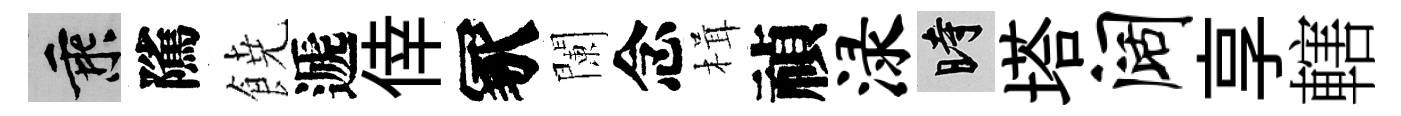
乘隲𩜙遞倖冢闌念楫禎渌时塔阔享轄